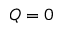
Q = 0